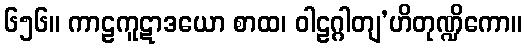
၆၅၆။ ကာဠကူဋာဒယော စာထ၊ ဝါဠဂ္ဂါတျ’ဟိတုဏ္ဍိကော။